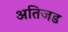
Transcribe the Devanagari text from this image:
अतिजड